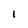
Character: l